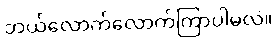
ဘယ်လောက်လောက်ကြာပါမလဲ။